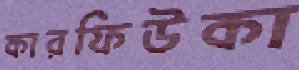
কারফিউকা